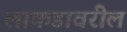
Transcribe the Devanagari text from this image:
लाकडावरील